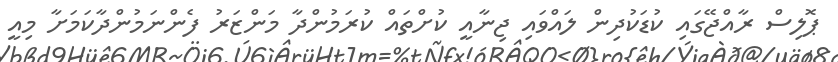
ޕޮލިސް ރާއްޖޭގައި ކުޑަކުދިން ލައްވައި ޖިނާއީ ކުށްތައް ކުރަމުންދާ މަންޒަރު ފެންނަމުންދާކަމަށާ މިއީ